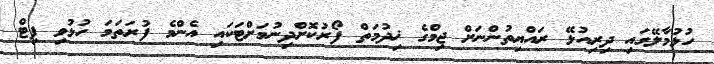
ހުޅުމާލޭގައި ދިރިއުޅޭ ރައްޔިތުންނަށް ޖިމްގެ ޚިދުމަތް ފޯރުކޮށްދިނުމަށްޓަކައި އެންމެ ފުރަތަމަ ހުޅުވި ފިޓް